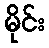
မိုင်း